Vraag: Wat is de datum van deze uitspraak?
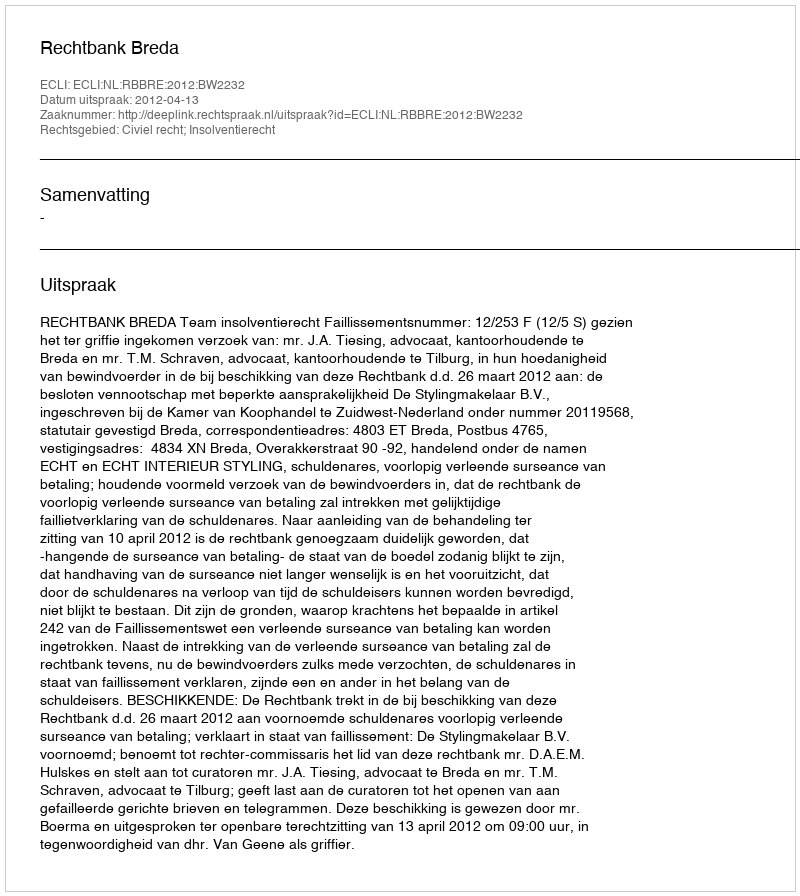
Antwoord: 2012-04-13